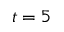
t = 5